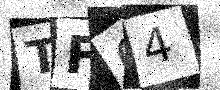
Text: TFC4